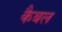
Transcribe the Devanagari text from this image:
कैबल